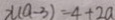
x ( a - 3 ) = 4 + 2 a